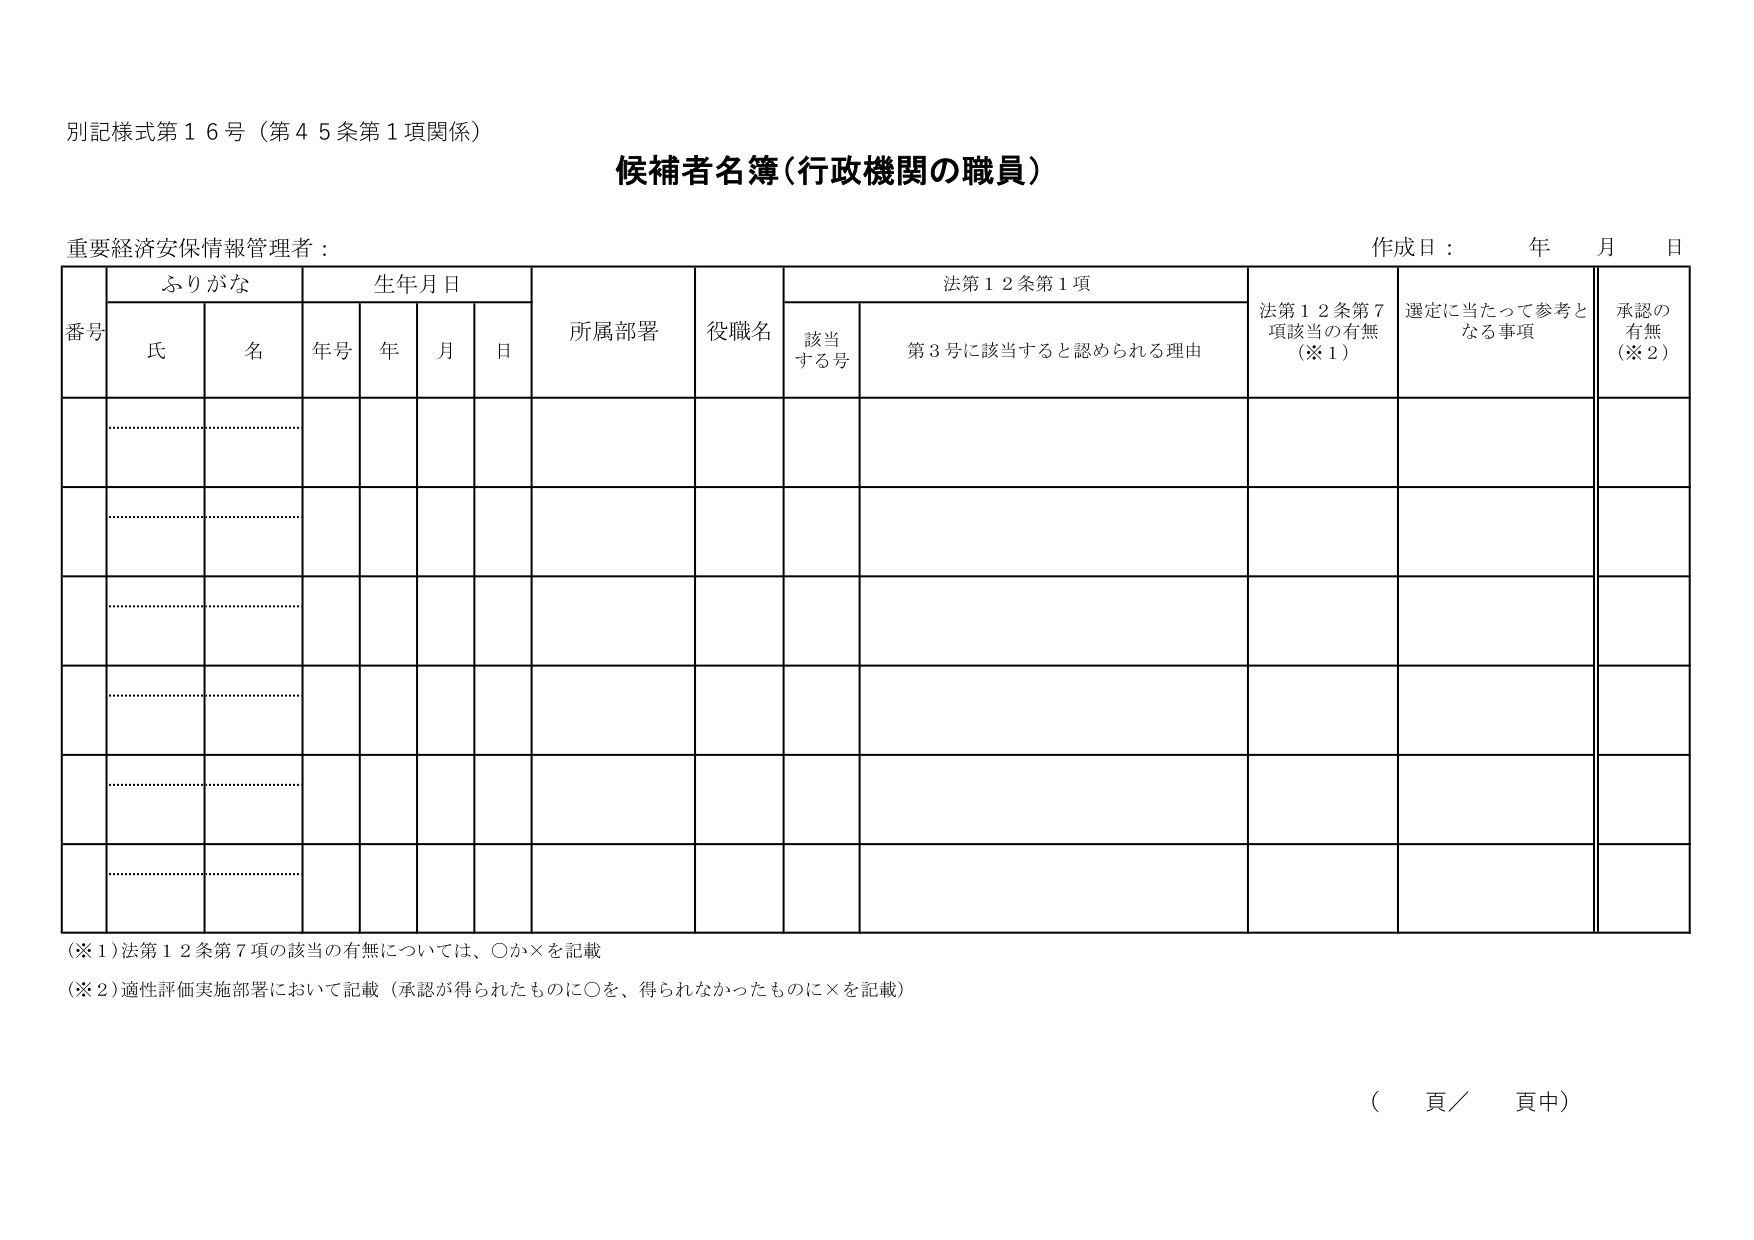
別記様式第１６号（第４５条第１項関係）

候補者名簿（行政機関の職員）

重要経済安保情報管理者：

作成日：　　年　　月　　日

番号　　ふりがな　　生年月日　　所属部署　　役職名　　法第１２条第１項　　法第１２条第７項該当の有無（※１）　　選定に当たって参考となる事項　　承認の有無（※２）

　　　　氏　　　名　　　年号　　年　　月　　日　　　　　　　　　　　　該当する号　　第３号に該当すると認められる理由

（※１）法第１２条第７項の該当の有無については、○か×を記載

（※２）適性評価実施部署において記載（承認が得られたものに○を、得られなかったものに×を記載）

（　　頁／　　頁中）